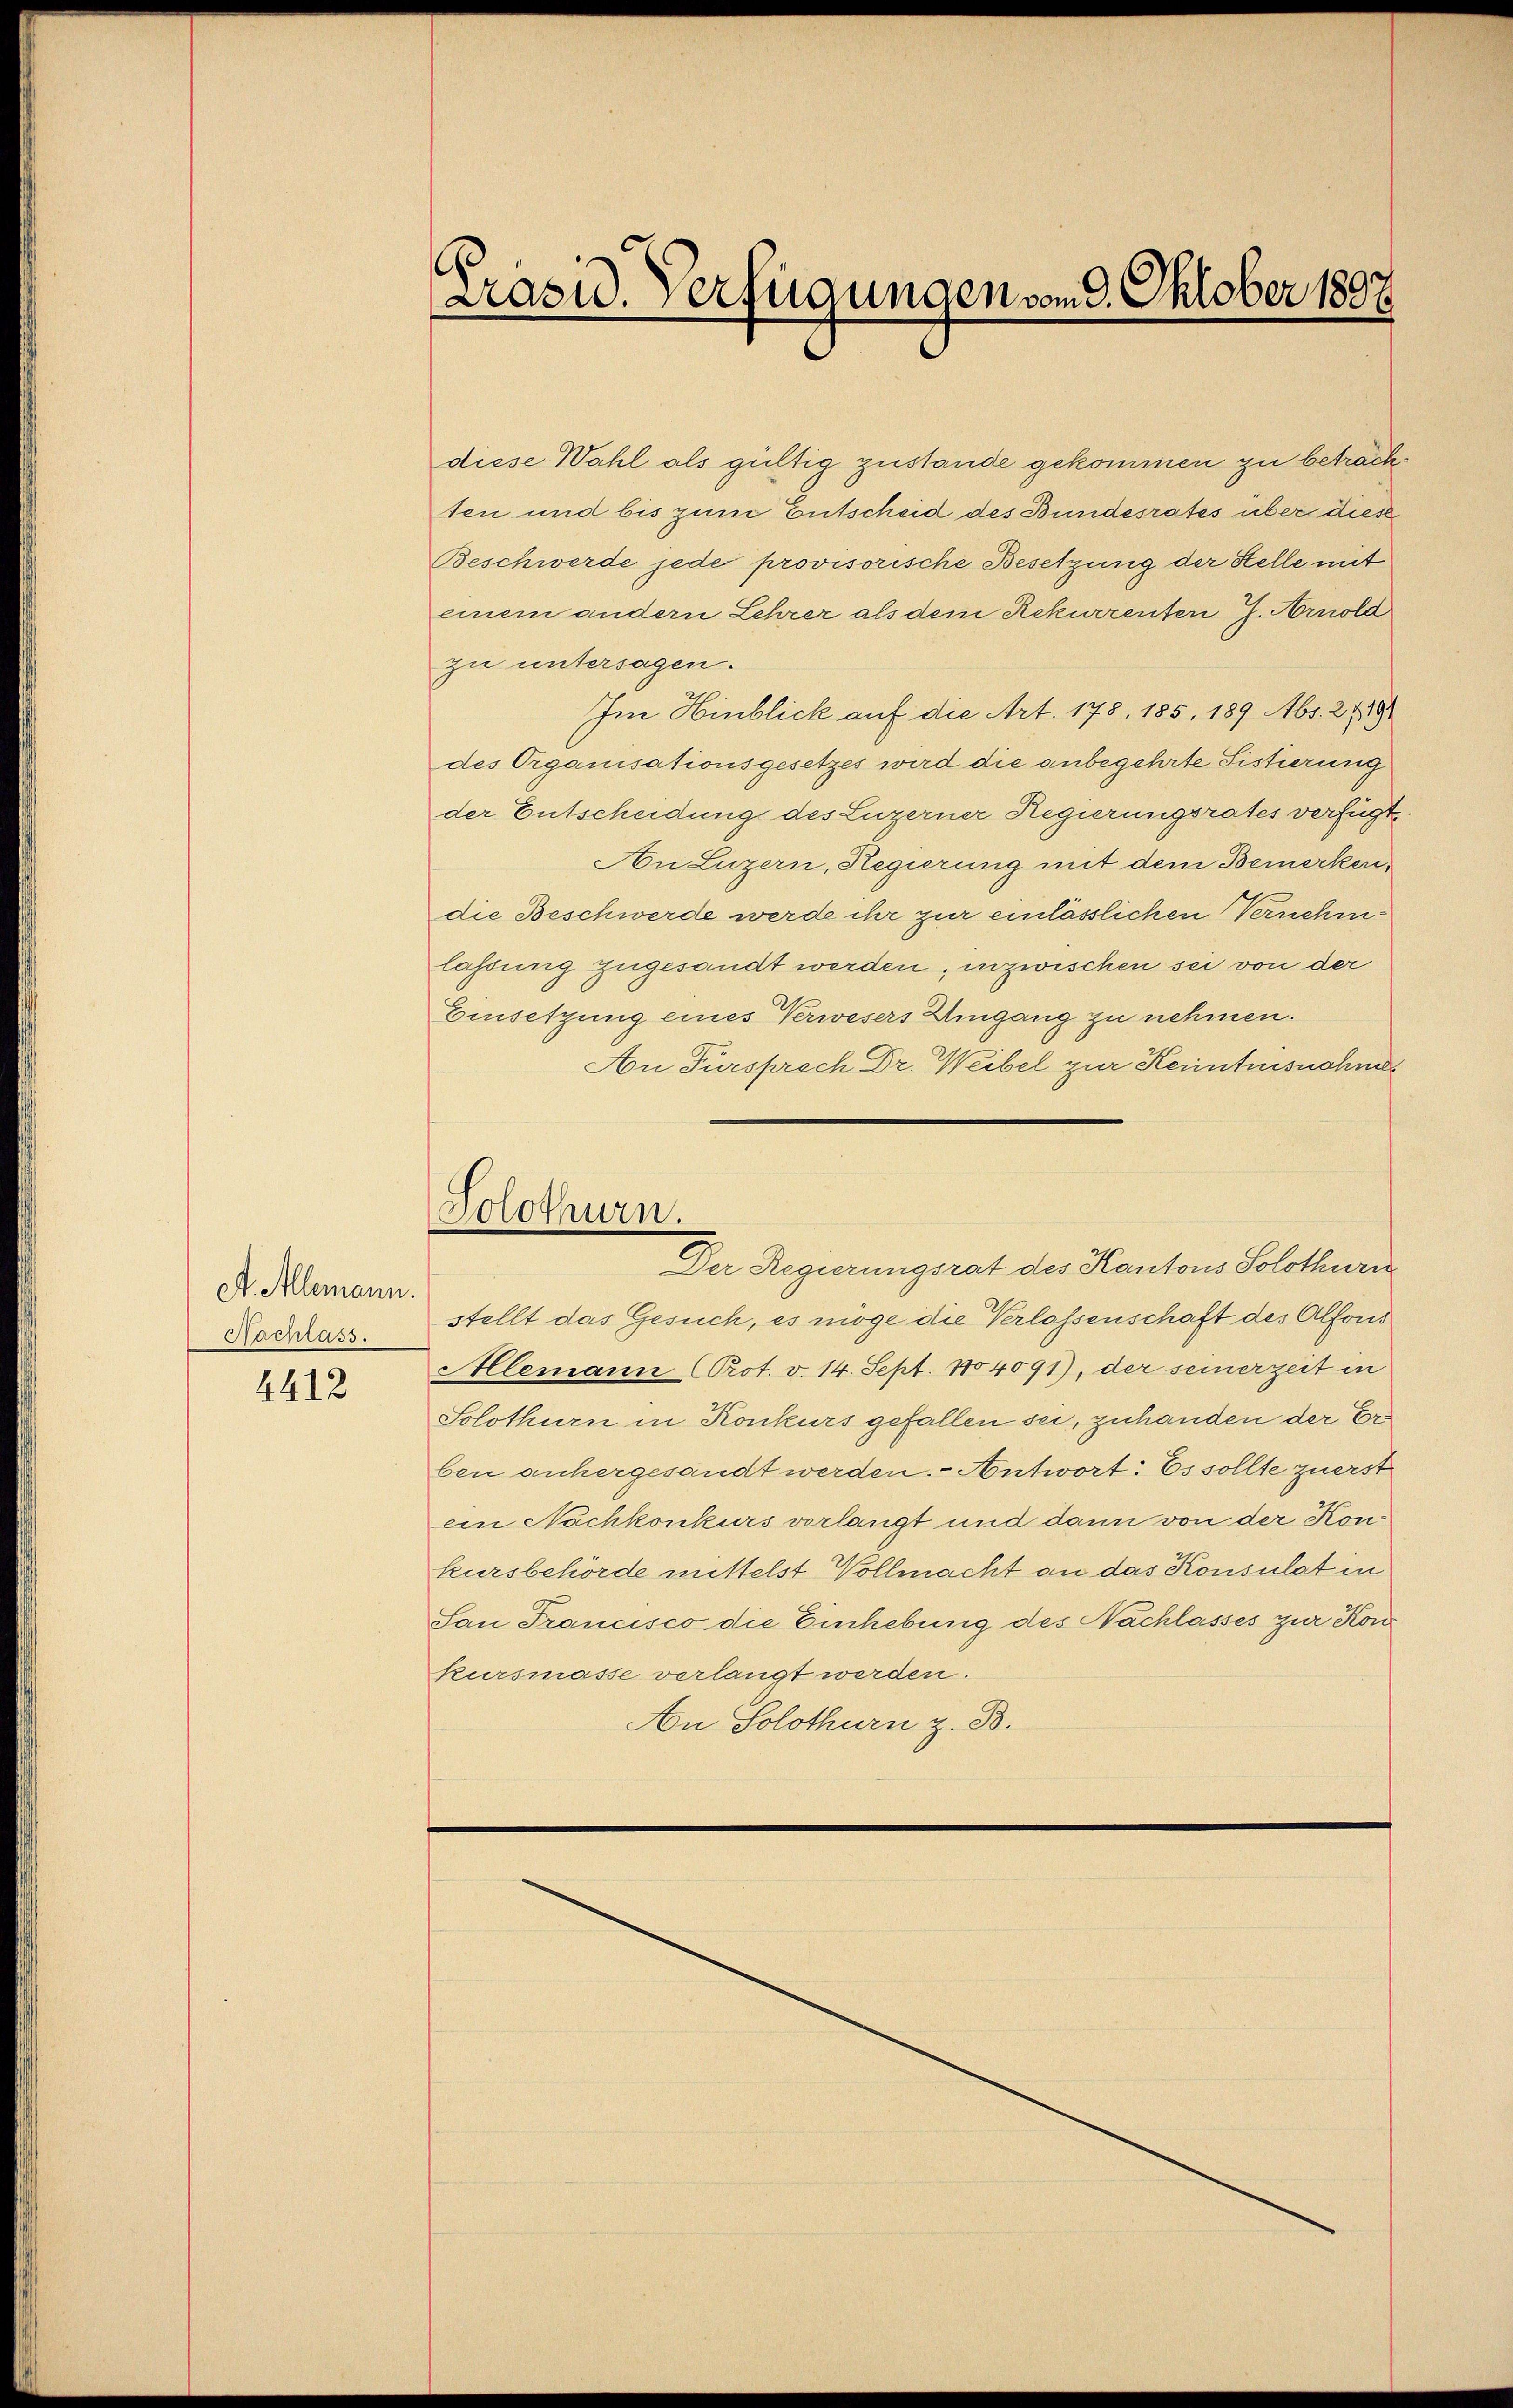
A. Allemann.
Nachlass.

4412

Präsid. Verfügungen vom 3. Oktober 1897.

diese Wahl als gültig zustande gekommen zu beträchten und bis zum Entscheid des Bundesrates über dies
Beschwerde jede provisorische Besetzung der Stelle mit
einem andern Lehrer als dem Rekurrenter J. Arnold
zu untersagen.
Im Hinblick auf die Art. 178, 185, 189 Abs. 2 & 18
des Organisationsgesetzes wird die anbegehrte Sistierung
der Entscheidung des Luzerner Regierungsrates verfügt.
An Luzern, Regierung mit dem Bemerken,
die Beschwerde werde ihr zur einlässlichen Vernehmlassung zugesandt werden, inzwischen sei von der
Einsetzung eines Verwesers Umgang zu nehmen.
An Fürsprech Dr. Weibel zur Kenntnisschne
Solothurn.
Der Regierungsrat des Kantons Solothurn
stellt das Gesuch, es möge die Verlassenschaft des Alfons
Alemann (Prot. v. 14. Sept. 104091), der seinerzeit in
Solothurn in Konkurs gefallen sei, zuhanden der Erben anhergesandt werden. - Antwort: Es sollte zuerst
ein Nachkonkurs verlangt und dann von der Konkursbehörde mittelst Vollmacht an das Konsulat in
San Francisco die Einhebung des Nachlasses zur Konkursmasse verlangt werden.
An Solothurn z. B.